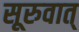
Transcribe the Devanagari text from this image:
सूरुवात्